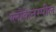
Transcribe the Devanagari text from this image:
ग्लौकेनस्पील